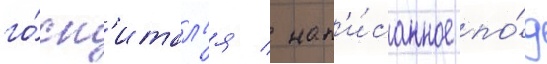
го́сп'итал'я / нап'и́санное по́д